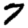
Digit: 7